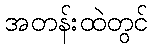
အတန်းထဲတွင်